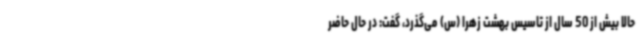
حالا بیش از 50 سال از تاسیس بهشت زهرا (س) می‌گذرد، گفت: در حال حاضر